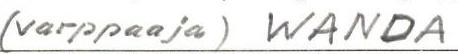
(varppaaja) WANDA